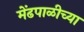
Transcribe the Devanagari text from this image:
मेंढपाळीच्या